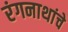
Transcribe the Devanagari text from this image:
रंगनाथांचे